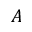
A